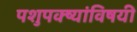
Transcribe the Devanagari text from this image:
पशुपक्ष्यांविषयी